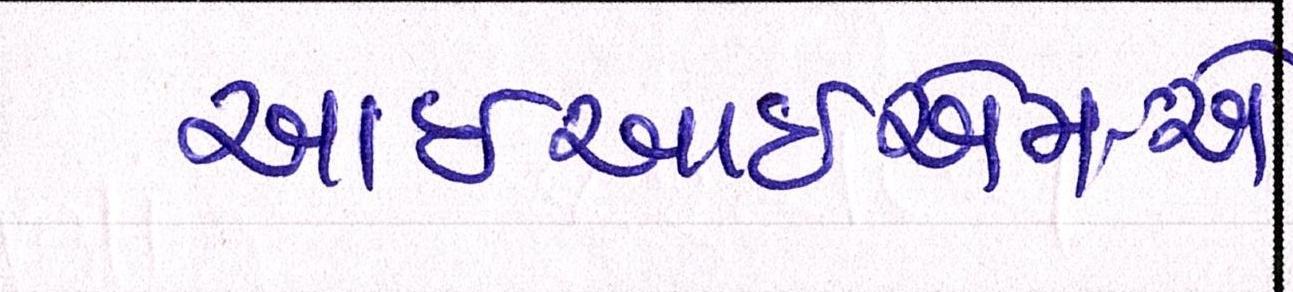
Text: આઇઆઇએમ-એ